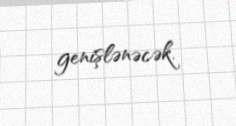
genişlənəcək.